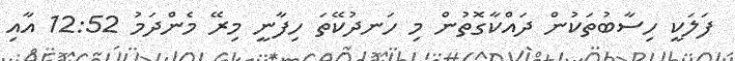
ފަލަކީ ހިސާބުތަކުން ދައްކާގޮތުން މި ހަނދުކޭތަ ހިފާނީ މިރޭ މެންދަމު 12:52 އާއި